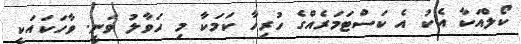
ކޯލްއަކާ އެކު އެ ކަސްޓަމަރެއްގެ ހުރިހާ ކަމަކާ މި ހަވާލު ވަނީ. ވާހަކައަކީ